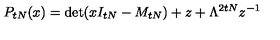
P _ { t N } ( x ) = \det ( x I _ { t N } - M _ { t N } ) + z + \Lambda ^ { 2 t N } z ^ { - 1 }